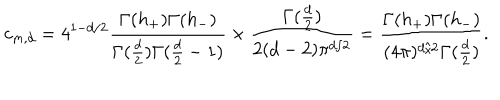
c _ { m , d } = 4 ^ { 1 - d / 2 } \frac { \Gamma ( h _ { + } ) \Gamma ( h _ { - } ) } { \Gamma ( \frac { d } { 2 } ) \Gamma ( \frac { d } { 2 } - 1 ) } \times \frac { \Gamma ( \frac { d } { 2 } ) } { 2 ( d - 2 ) \pi ^ { d / 2 } } = \frac { \Gamma ( h _ { + } ) \Gamma ( h _ { - } ) } { ( 4 \pi ) ^ { d / 2 } \Gamma ( \frac { d } { 2 } ) } .